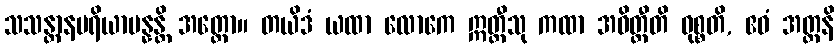
သသန္တာနပရိယာပန္နန္တိ အတ္ထော။ တယိဒံ ယထာ လောကေ ဣတ္ထီသု ကထာ အဓိတ္ထီတိ ဝုစ္စတိ, ဧဝံ အတ္တနိ